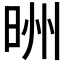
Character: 𪰢